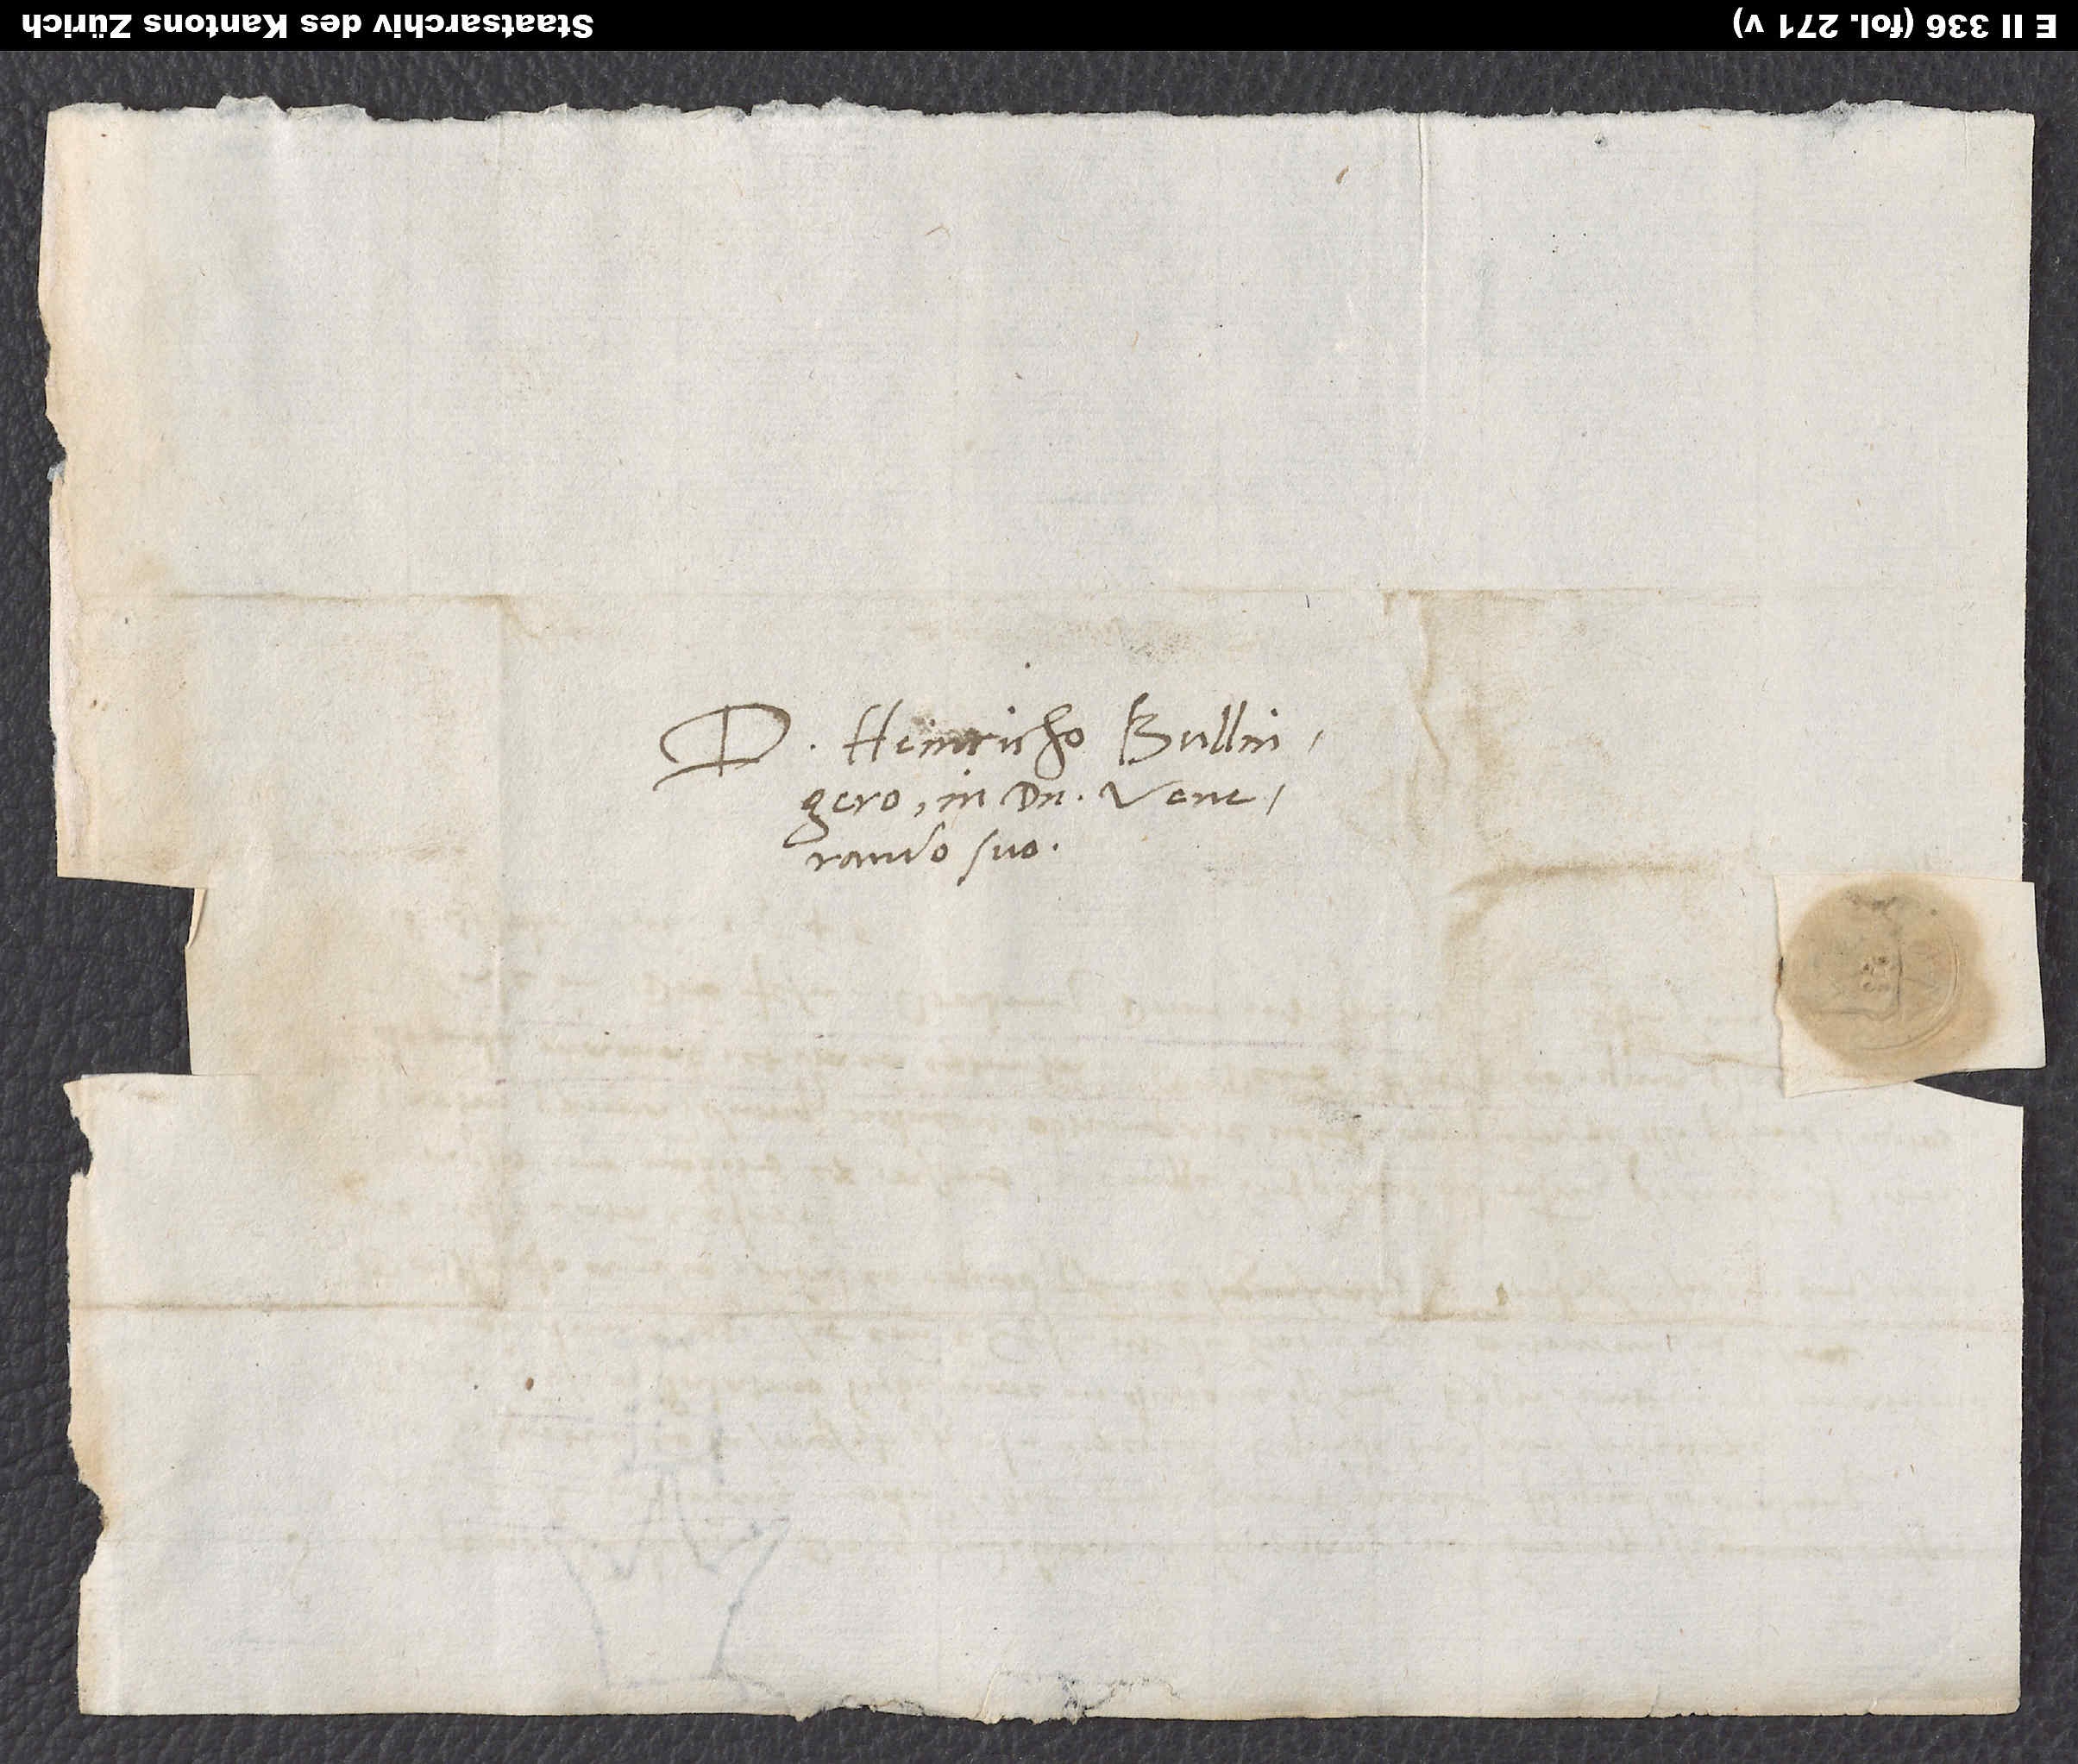
Heinricho Bullingero,
in domino venerando
suo.